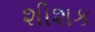
શીશક